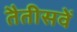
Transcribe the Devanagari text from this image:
तैतीसवें